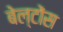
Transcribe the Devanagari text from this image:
बेल्टोंस